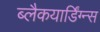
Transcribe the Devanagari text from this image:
ब्लैकयार्डिंग्न्स